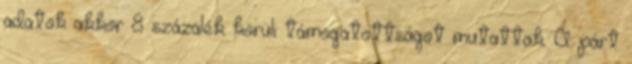
adatok akkor 8 százalék körüli támogatottságot mutattak. A párt